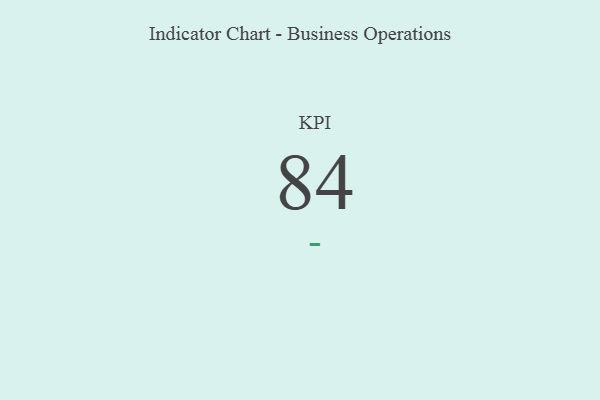
{"axis": {"x": "KPI", "y": "Value"}, "legend": [""], "data": [{"x": "KPI", "y": 84, "type": ""}]}